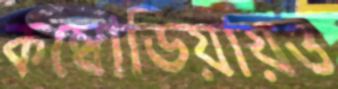
কম্বোডিয়ায়ও